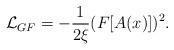
LaTeX: \begin{align*}{\cal L}_{GF} = - {1 \over 2\xi} (F[A(x)])^2 .\end{align*}